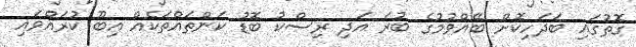
ގޮތުގައި ބަދަހިކޮށް ބޭއްވުމުގެ ބުރަ އަދި ރިސްކު ބޮޑު ކަންތައްތަކެއް އިބޫ ކުރައްވައި